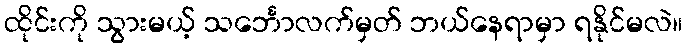
ထိုင်းကို သွားမယ့် သင်္ဘောလက်မှတ် ဘယ်နေရာမှာ ရနိုင်မလဲ။